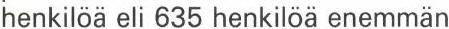
henkilöä eli 635 henkilöä enemmän